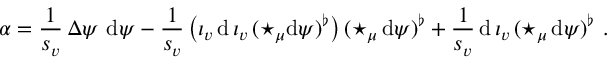
\alpha = \frac 1 { s _ { v } } \, \Delta \psi \ \mathrm { d } \psi - \frac 1 { s _ { v } } \, \big ( \iota _ { v } \, \mathrm { d } \, \iota _ { v } \, ( \star _ { \mu } \mathrm { d } \psi ) ^ { \flat } \big ) \, ( \star _ { \mu } \, \mathrm { d } \psi ) ^ { \flat } + \frac 1 { s _ { v } } \, \mathrm { d } \, \iota _ { v } \, ( \star _ { \mu } \, \mathrm { d } \psi ) ^ { \flat } \ .